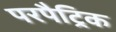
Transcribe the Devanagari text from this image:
परपैट्रिक